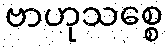
ဗာဟုသစ္စေ